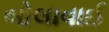
બોલાવાઈ